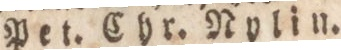
Pet. Chr. Rylin.